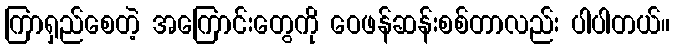
ကြာရှည်စေတဲ့ အကြောင်းတွေကို ဝေဖန်ဆန်းစစ်တာလည်း ပါပါတယ်။